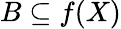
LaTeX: B\subseteq f(X)